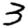
Digit: 3